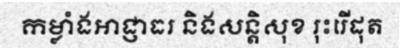
កម្លាំងអាជ្ញាធរ និងសន្តិសុខ រុះរើដុត